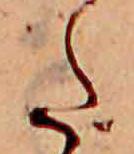
た